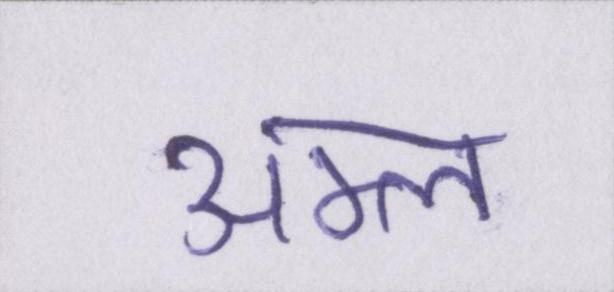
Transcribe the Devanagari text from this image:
अम्ल